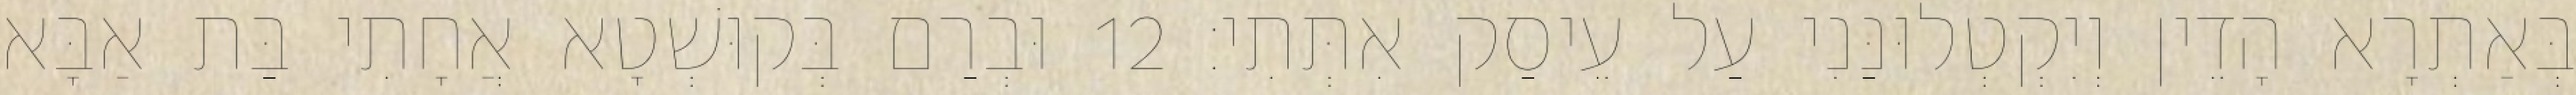
בְּאַתְרָא הָדֵין וְיִקְטְלוּנַּנִי עַל עֵיסַק אִתְּתִי׃ 12 וּבְרַם בְּקוּשְׁטָא אֲחָתִי בַּת אַבָּא